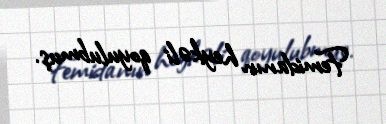
Femidanın heykəli qoyulubmuş.